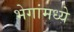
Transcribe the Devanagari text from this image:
भेगांमध्ये